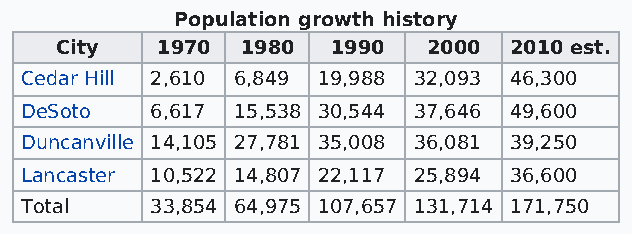
Population growth history
 City  1970  1980  1990  2000  2010 est.
 Cedar Hill 2,610 6,849 19,988 32,093 46,300
 DeSoto   6,617 15,538 30,544 37,646 49,600
 Duncanville 14,105 27,781 35,008 36,081 39,250
 Lancaster 10,522 14,807 22,117 25,894 36,600
 Total    33,854 64,975 107,657 131,714 171,750